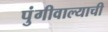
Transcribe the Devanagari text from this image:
पुंगीवाल्याची